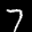
Label: 7